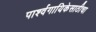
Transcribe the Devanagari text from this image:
पार्श्वगायिकेसाठीचा